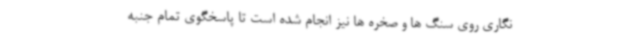
نگاری روی سنگ ها و صخره ها نیز انجام شده است تا پاسخگوی تمام جنبه